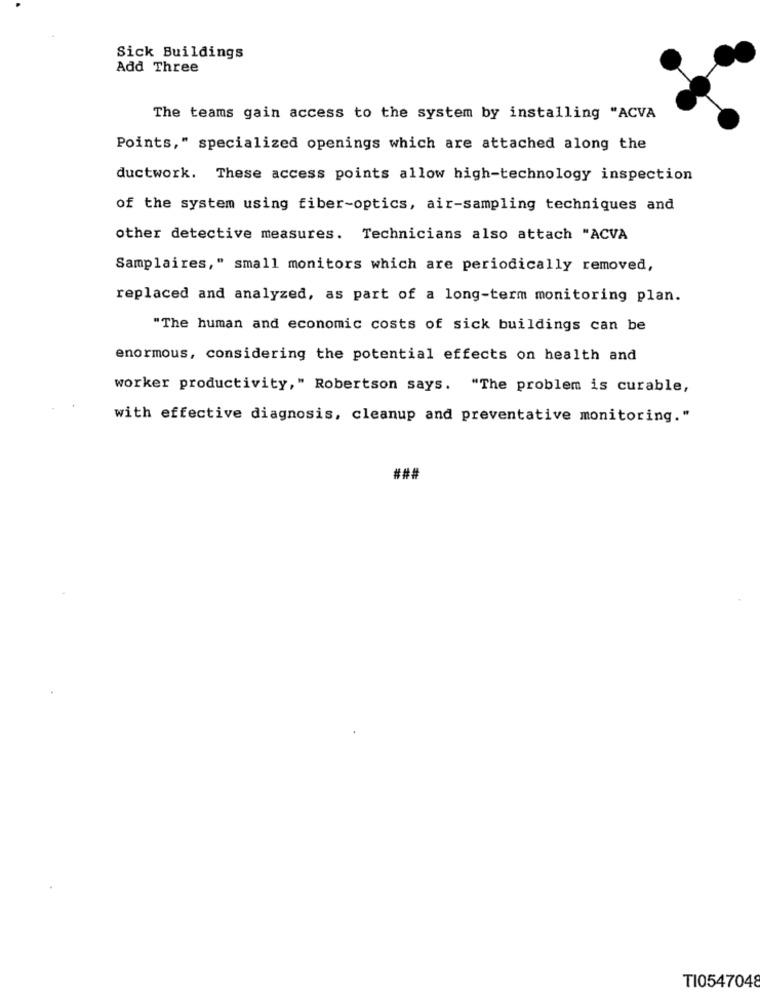
Sick Buildings
Add Three
The teams gain access to the system by installing "ACVA
Points," specialized openings which are attached along the
ductwork. These access points allow high-technology inspection
of the system using fiber-optics, air-sampling techniques and
other detective measures. Technicians also attach "ACVA
Samplaires," small monitors which are periodically removed,
replaced and analyzed, as part of a long-term monitoring plan.
"The human and economic costs of sick buildings can be
enormous, considering the potential effects on health and
worker productivity," Robertson says. "The problem is curable,
with effective diagnosis, cleanup and preventative monitoring."
###
TI0547048